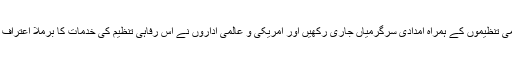
عالمی تنظیموں کے ہمراہ امدادی سرگرمیاں جاری رکھیں اور امریکی و عالمی اداروں نے اس رفاہی تنظیم کی خدمات کا برملا اعتراف کیا۔